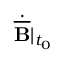
\dot { \overline { { \mathbf { B } } } } \vert _ { t _ { 0 } }